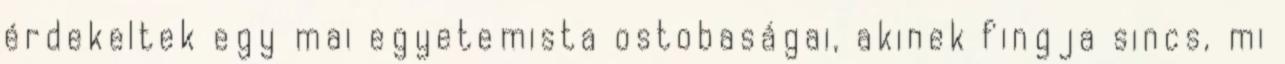
érdekeltek egy mai egyetemista ostobaságai, akinek fingja sincs, mi